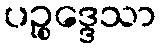
ပဉ္စုဒ္ဒေသာ